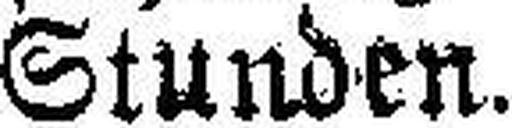
Stunden.